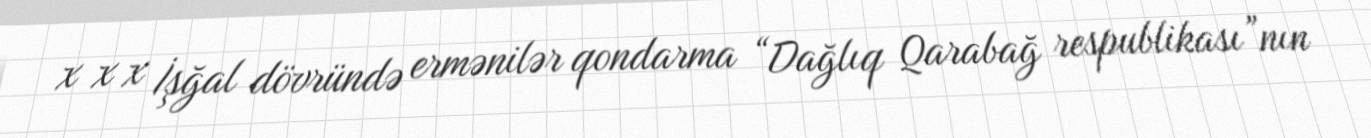
x x x İşğal dövründə ermənilər qondarma “Dağlıq Qarabağ respublikası”nın